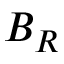
B _ { R }